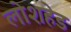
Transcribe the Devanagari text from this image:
लोशहेड